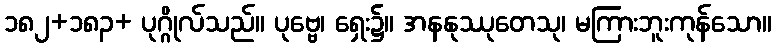
၁၈၂+၁၈၃+ ပုဂ္ဂိုလ်သည်။ ပုဗ္ဗေ၊ ရှေး၌။ အနနုဿုတေသု၊ မကြားဘူးကုန်သော။